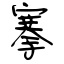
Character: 搴